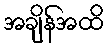
အချိန်အထိ